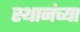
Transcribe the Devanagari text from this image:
स्थानंच्या